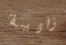
زاوية